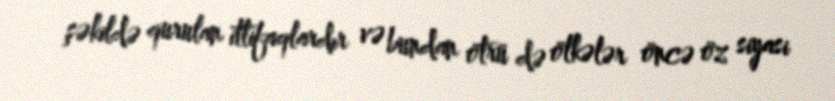
şəkildə qurulan ittifaqlardır və bundan ötrü də ölkələr öncə öz siyasi